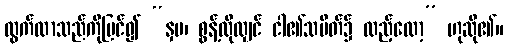
ထွက်လာသည်ကိုမြင်၍ “နှမ၊ စွန့်လိုလျှင် ငါ၏သပိတ်၌ ထည့်လော့” ဟုဆို၏။